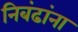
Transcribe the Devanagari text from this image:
निबंढांना